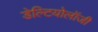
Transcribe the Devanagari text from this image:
डेल्टियोलॉजी